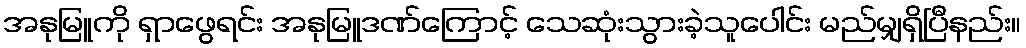
အနုမြူကို ရှာဖွေရင်း အနုမြူဒဏ်ကြောင့် သေဆုံးသွားခဲ့သူပေါင်း မည်မျှရှိပြီနည်း။